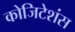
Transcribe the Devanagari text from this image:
कोजिटेशंस